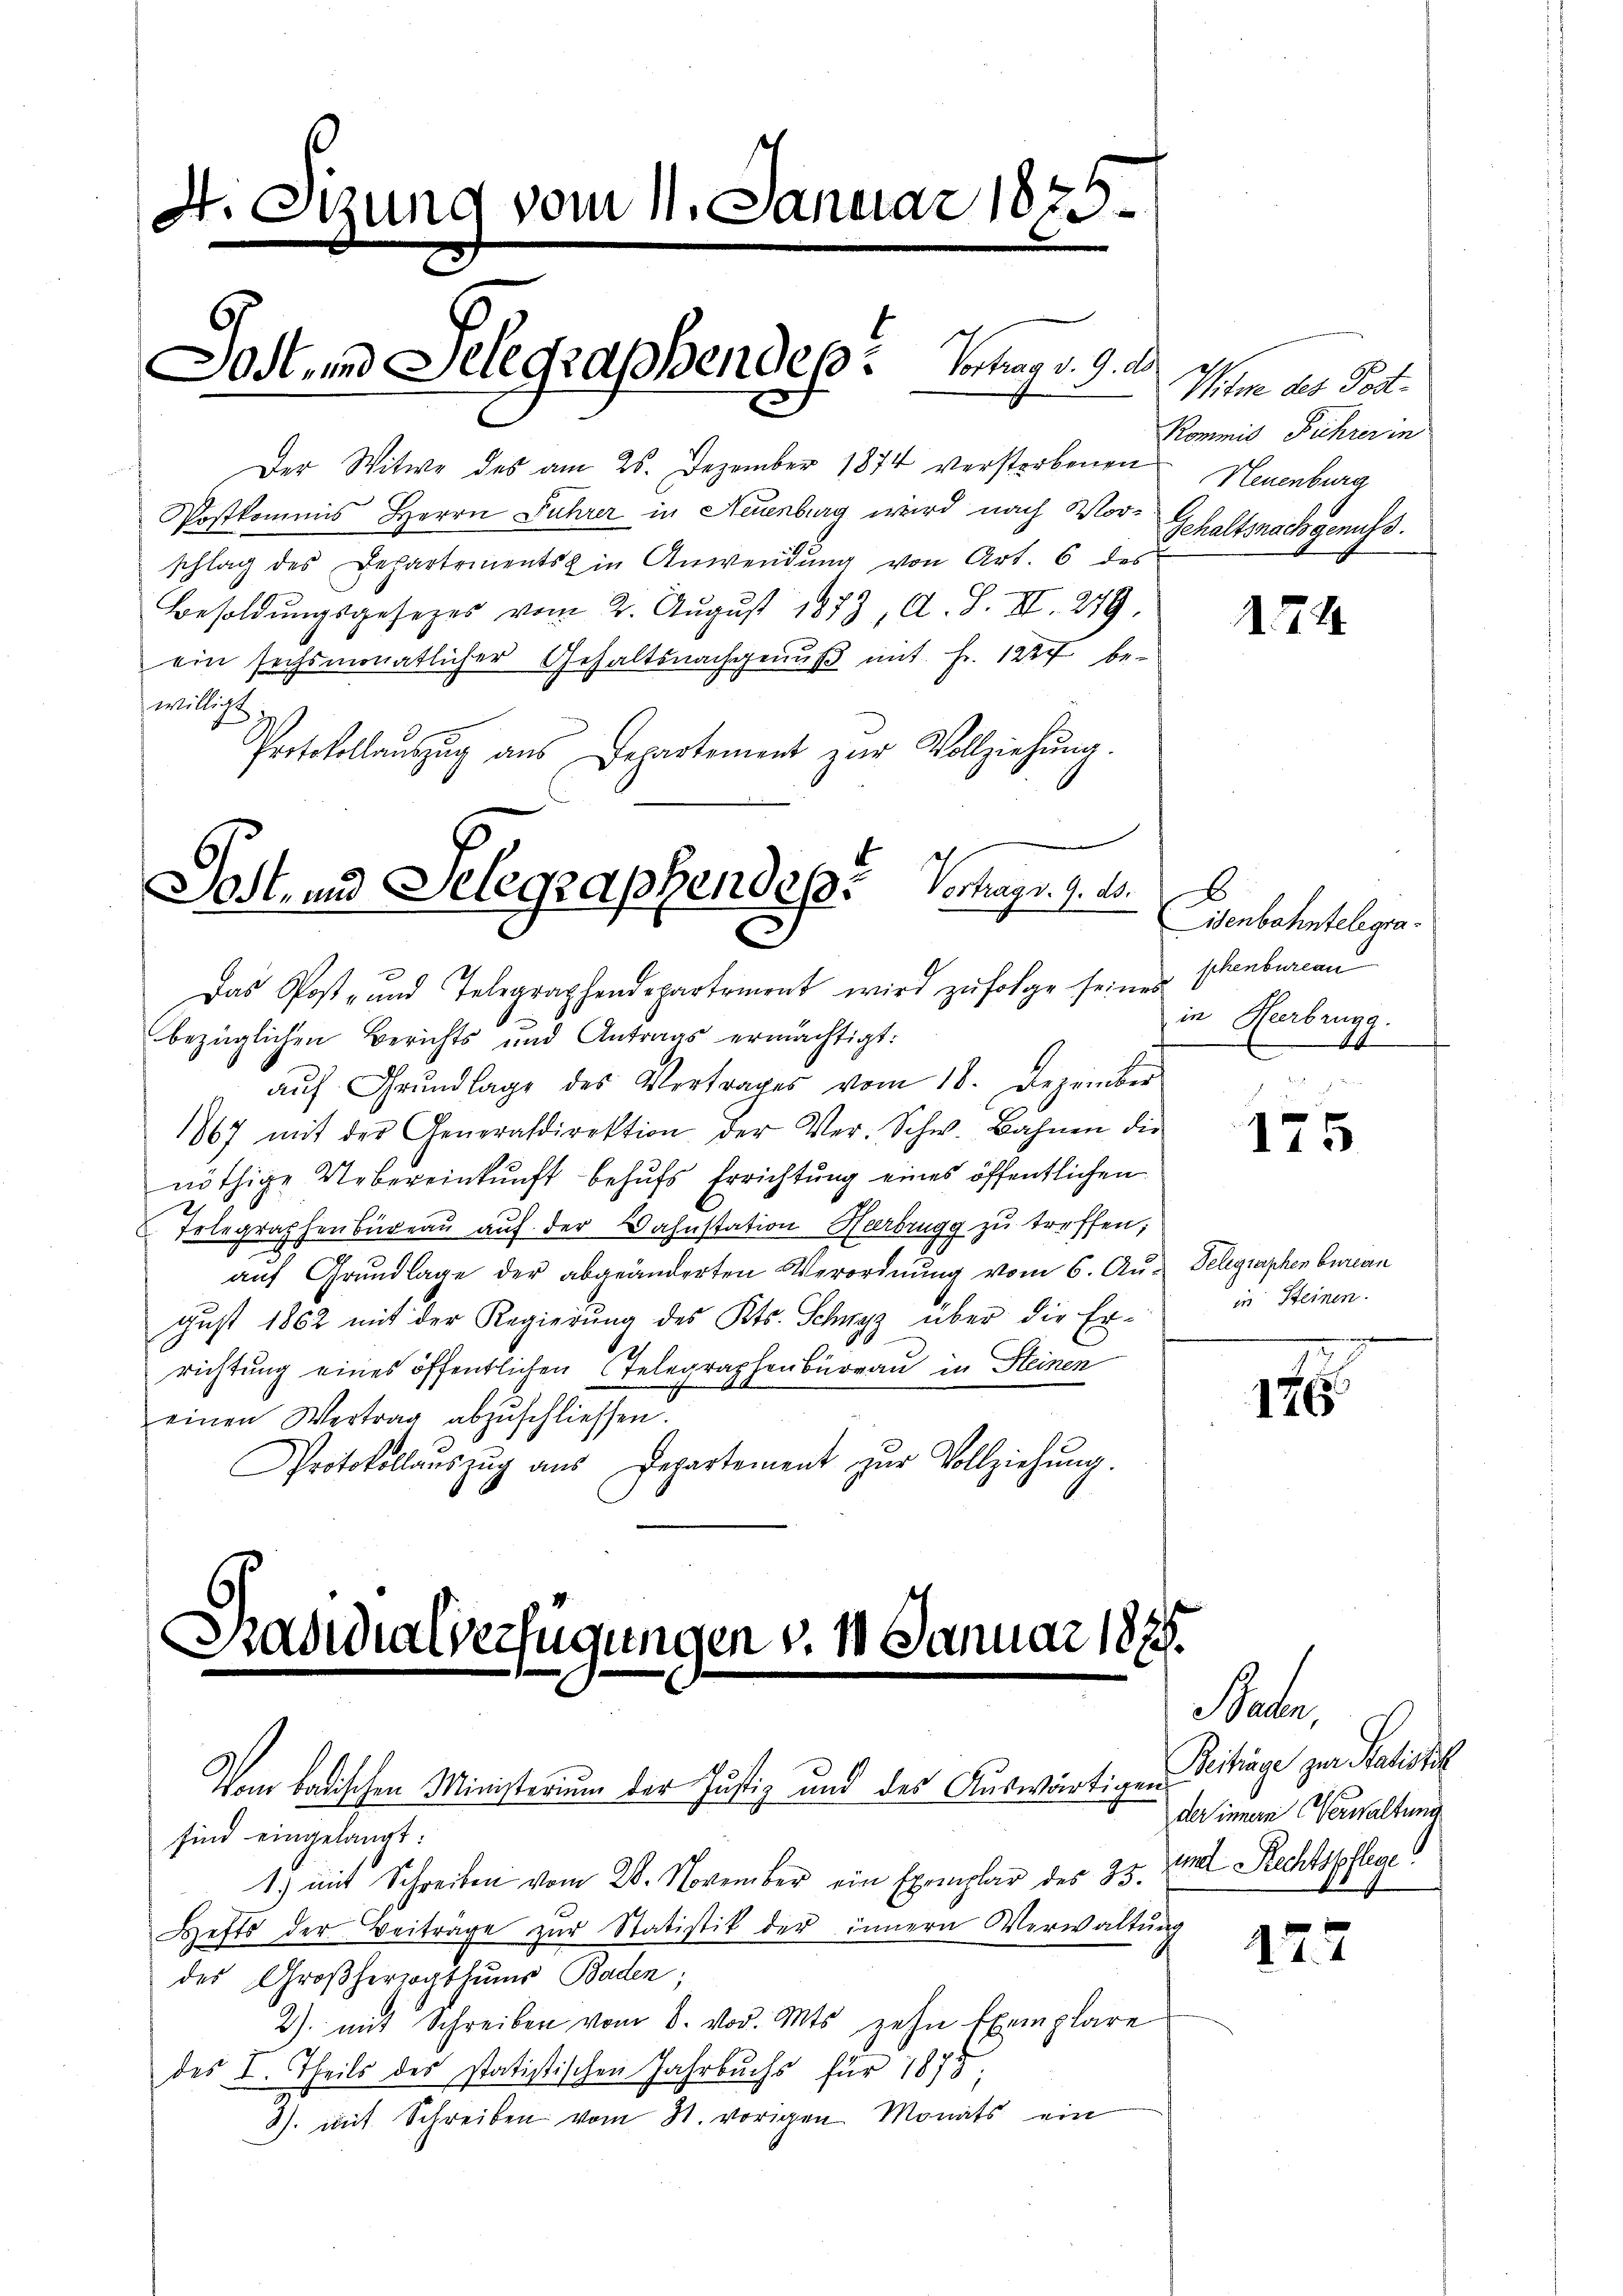
H. Otzung vom 11. Januar 1875.

Jost, und Selegraphendes Vortrag v. 9. d.

Der Witwe des am 25. Dezember 1874 verstorbenen
Vostkommis Herrn Fuhrer in Neuenburg wird nach Vorschlag des Departements in Anwendŭng von Art. 6 des
Besoldungsgesezes vom 2. August 1883, A. S. II. 279
ein sechsmonatlicher Gehaltsnachgenŭβ mit Fr. 1224 be-
willigt,
Protokollauszug aus Departement zur Vollziehung.

Jost- und Selegraphen des Verhags. 9. 15.

Das Post- und Telegraphendepartement wird zŭfolge seines
bezüglichen Berichts und Antrags ermächtigt:
aŭf Grŭndlage des Vertrages vom 18. Dezember
1867 mit der Generaldirektion der Ver- Schw. Bahnen die
nöthige Uebereinkunft behufs Errichtung eines öffentlichen
Telegraphenbüreau auf der Wahnstation Heerbrugg zu treffen;
g
auf Grundlage der abgeänderten Verordnung vom 6. August 1862 mit der Regierung des Kts. Schwyz über die Errichtung eines öffentlichen Telegraphenburgau in Steinen
einen Vertrag abzŭschliessen.
Protokollaŭszŭg ans Departement zŭr Vollziehŭng.

Pradidialverfügungen v. 18 Januar 1875.

Vom badischen Ministerium der Justiz und des Auswärtigen
sind eingelangt:

Witre des Todt¬
Kommis Führer in
Neuenburg
Gehaltsnach genuss.

1.) mit Schreiben vom 28. November ein Exemplar des 23. Mit Rechtspflege
Hefts der Beitrage zŭr Statistik der innern Verwaltŭng
des Großherzogthums Baden;
2) mit Schreiben vom 8. vor. Mts. zehn Exemplare
des I. Theils des statistischen Jahrbuchs für 1873:
3). mit Schreiben vom 31. vorigen Monats ein

174

x
isenbahntelegraschenbureau
in Heerbrugg.
44

175

Delegraphen berein
in Steinen.
e

17

aber
Beitringe zur Satistik
der innern Verwaltung

127